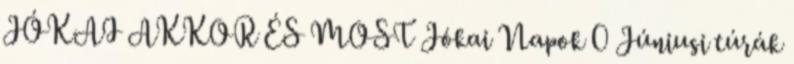
JÓKAI AKKOR ÉS MOST Jókai Napok 0 Júniusi túrák